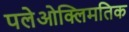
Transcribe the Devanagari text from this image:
पलेओक्लिमतिक